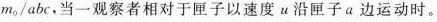
m_{0}/abc，当一观察者相对于匣子以速度u沿匣子a边运动时。